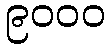
၉၀၀၀